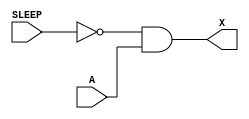
module sky130_fd_sc_hd__lpflow_isobufsrc (
    X    ,
    SLEEP,
    A
);

    // Module ports
    output X    ;
    input  SLEEP;
    input  A    ;

    // Module supplies
    supply1 VPWR;
    supply0 VGND;
    supply1 VPB ;
    supply0 VNB ;

    // Local signals
    wire not0_out  ;
    wire and0_out_X;

    //  Name  Output      Other arguments
    not not0 (not0_out  , SLEEP          );
    and and0 (and0_out_X, not0_out, A    );
    buf buf0 (X         , and0_out_X     );

endmodule